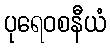
ပုရေဝစနီယံ